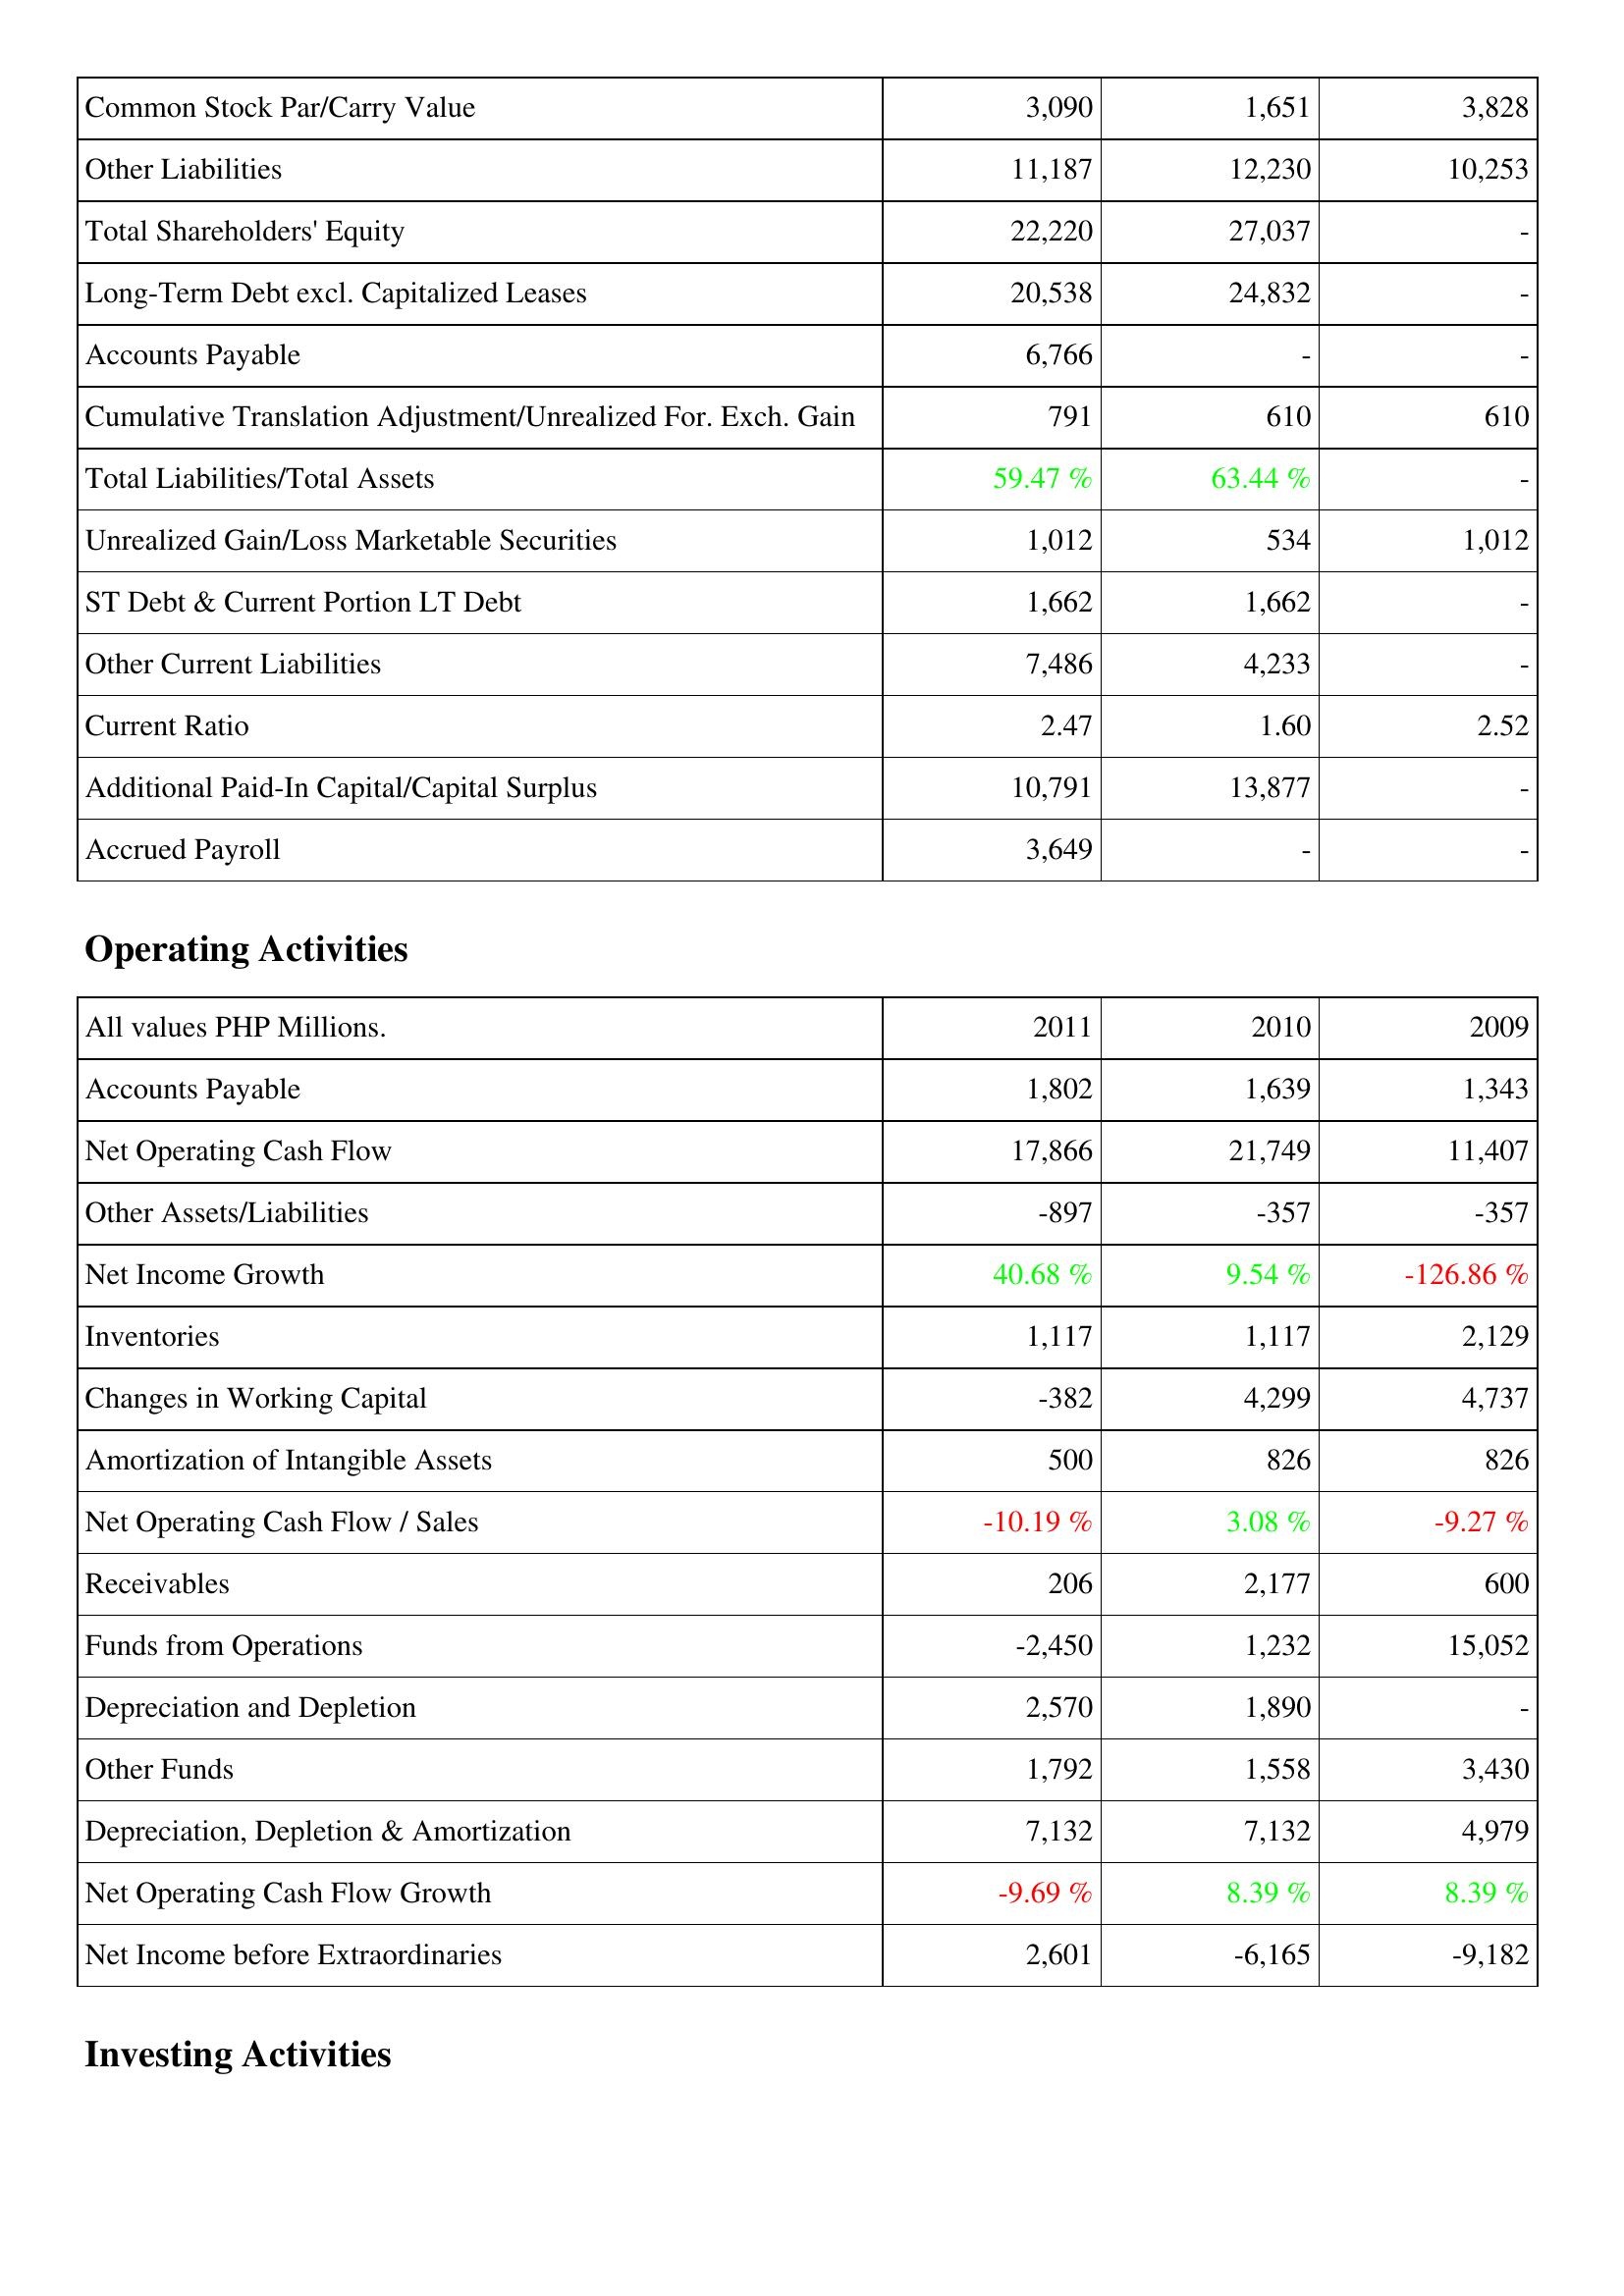
2011: Liabilities & Shareholders' Equity: Common Stock Par/Carry Value: 3,090
Other Liabilities: 11,187
Total Shareholders' Equity: 22,220
Long-Term Debt excl. Capitalized Leases: 20,538
Accounts Payable: 6,766
Cumulative Translation Adjustment/Unrealized For. Exch. Gain: 791
Total Liabilities/Total Assets: 59.47 %
Unrealized Gain/Loss Marketable Securities: 1,012
ST Debt & Current Portion LT Debt: 1,662
Other Current Liabilities: 7,486
Current Ratio: 2.47
Additional Paid-In Capital/Capital Surplus: 10,791
Accrued Payroll: 3,649
Operating Activities: Accounts Payable: 1,802
Net Operating Cash Flow: 17,866
Other Assets/Liabilities: -897
Net Income Growth: 40.68 %
Inventories: 1,117
Changes in Working Capital: -382
Amortization of Intangible Assets: 500
Net Operating Cash Flow / Sales: -10.19 %
Receivables: 206
Funds from Operations: -2,450
Depreciation and Depletion: 2,570
Other Funds: 1,792
Depreciation, Depletion & Amortization: 7,132
Net Operating Cash Flow Growth: -9.69 %
Net Income before Extraordinaries: 2,601
2010: Liabilities & Shareholders' Equity: Common Stock Par/Carry Value: 1,651
Other Liabilities: 12,230
Total Shareholders' Equity: 27,037
Long-Term Debt excl. Capitalized Leases: 24,832
Accounts Payable: -
Cumulative Translation Adjustment/Unrealized For. Exch. Gain: 610
Total Liabilities/Total Assets: 63.44 %
Unrealized Gain/Loss Marketable Securities: 534
ST Debt & Current Portion LT Debt: 1,662
Other Current Liabilities: 4,233
Current Ratio: 1.60
Additional Paid-In Capital/Capital Surplus: 13,877
Accrued Payroll: -
Operating Activities: Accounts Payable: 1,639
Net Operating Cash Flow: 21,749
Other Assets/Liabilities: -357
Net Income Growth: 9.54 %
Inventories: 1,117
Changes in Working Capital: 4,299
Amortization of Intangible Assets: 826
Net Operating Cash Flow / Sales: 3.08 %
Receivables: 2,177
Funds from Operations: 1,232
Depreciation and Depletion: 1,890
Other Funds: 1,558
Depreciation, Depletion & Amortization: 7,132
Net Operating Cash Flow Growth: 8.39 %
Net Income before Extraordinaries: -6,165
2009: Liabilities & Shareholders' Equity: Common Stock Par/Carry Value: 3,828
Other Liabilities: 10,253
Total Shareholders' Equity: -
Long-Term Debt excl. Capitalized Leases: -
Accounts Payable: -
Cumulative Translation Adjustment/Unrealized For. Exch. Gain: 610
Total Liabilities/Total Assets: -
Unrealized Gain/Loss Marketable Securities: 1,012
ST Debt & Current Portion LT Debt: -
Other Current Liabilities: -
Current Ratio: 2.52
Additional Paid-In Capital/Capital Surplus: -
Accrued Payroll: -
Operating Activities: Accounts Payable: 1,343
Net Operating Cash Flow: 11,407
Other Assets/Liabilities: -357
Net Income Growth: -126.86 %
Inventories: 2,129
Changes in Working Capital: 4,737
Amortization of Intangible Assets: 826
Net Operating Cash Flow / Sales: -9.27 %
Receivables: 600
Funds from Operations: 15,052
Depreciation and Depletion: -
Other Funds: 3,430
Depreciation, Depletion & Amortization: 4,979
Net Operating Cash Flow Growth: 8.39 %
Net Income before Extraordinaries: -9,182